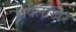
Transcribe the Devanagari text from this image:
रविलाखर